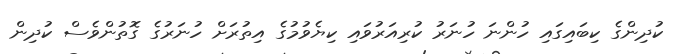
ކުދިންގެ ކިބައިގައި ހުންނަ ހުނަރު ކުރިއަރުވައި ކިޔެވުމުގެ އިތުރަށް ހުނަރުގެ ގޮތުންވެސް ކުދިން